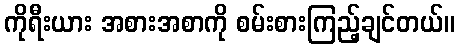
ကိုရီးယား အစားအစာကို စမ်းစားကြည့်ချင်တယ်။